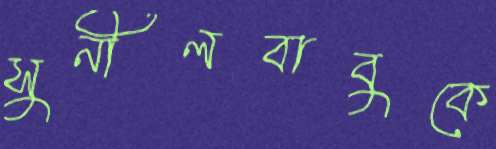
সুনীলবাবুকে